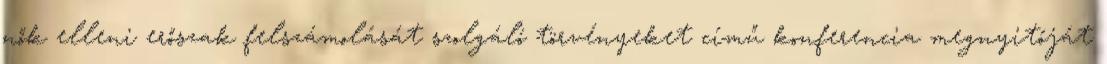
nők elleni erőszak felszámolását szolgáló törvényeket című konferencia megnyitóját